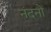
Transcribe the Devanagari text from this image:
नंदनो